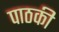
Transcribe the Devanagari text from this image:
पाठकी